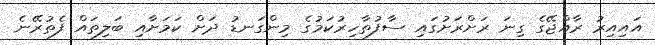
އައިއިރު ރާއްޖޭގެ ގިނަ ރަށްރަށުގައި ސާފުތާހިރުކަމުގެ މިންގަނޑު ދަށް ކަމަށާއި ބަލިތައް ފެތުރޭނެ